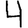
Digit: 4